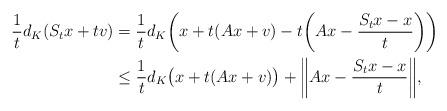
LaTeX: \begin{align*}\frac{1}{t} d_K(S_t x + tv) &= \frac{1}{t} d_K \bigg( x + t(Ax + v) - t \bigg( Ax - \frac{S_t x - x}{t} \bigg) \bigg)\\ &\leq \frac{1}{t} d_K \big( x + t (Ax + v) \big) + \bigg\| Ax - \frac{S_t x - x}{t} \bigg\|,\end{align*}